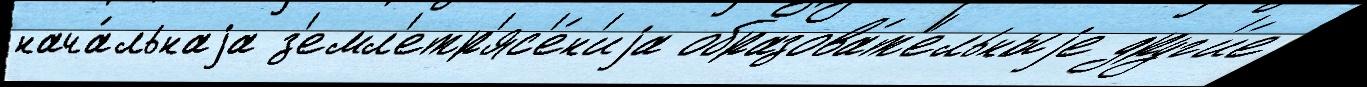
нача́льнаjа з'емл'етр'яс'е́н'иjа образова́т'ельныjе друг'и́е